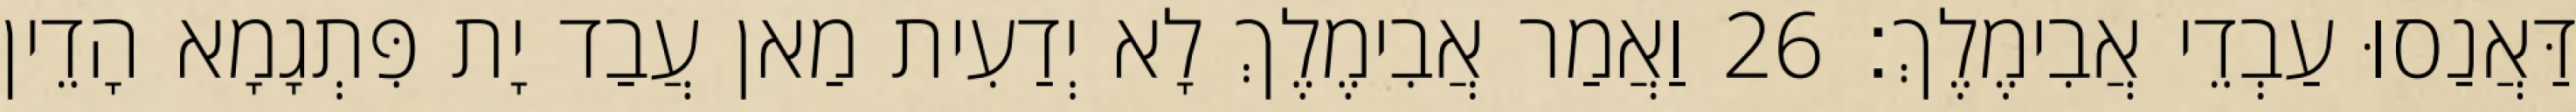
דַּאֲנַסוּ עַבְדֵי אֲבִימֶלֶךְ׃ 26 וַאֲמַר אֲבִימֶלֶךְ לָא יְדַעִית מַאן עֲבַד יָת פִּתְגָמָא הָדֵין